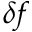
\delta f